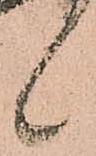
候